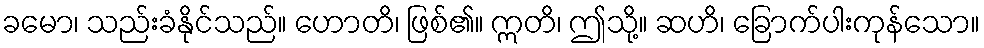
ခမော၊ သည်းခံနိုင်သည်။ ဟောတိ၊ ဖြစ်၏။ ဣတိ၊ ဤသို့။ ဆဟိ၊ ခြောက်ပါးကုန်သော။